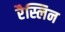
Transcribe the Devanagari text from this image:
रैस्लिन